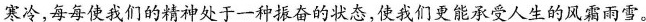
寒冷，每每使我们的精神处于一种振奋的状态，使我们更能承受人生的风霜雨雪。